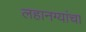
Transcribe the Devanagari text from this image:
लहानग्यांचा